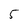
Character: 5